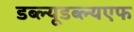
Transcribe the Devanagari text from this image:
डब्ल्यूडब्ल्यएफ